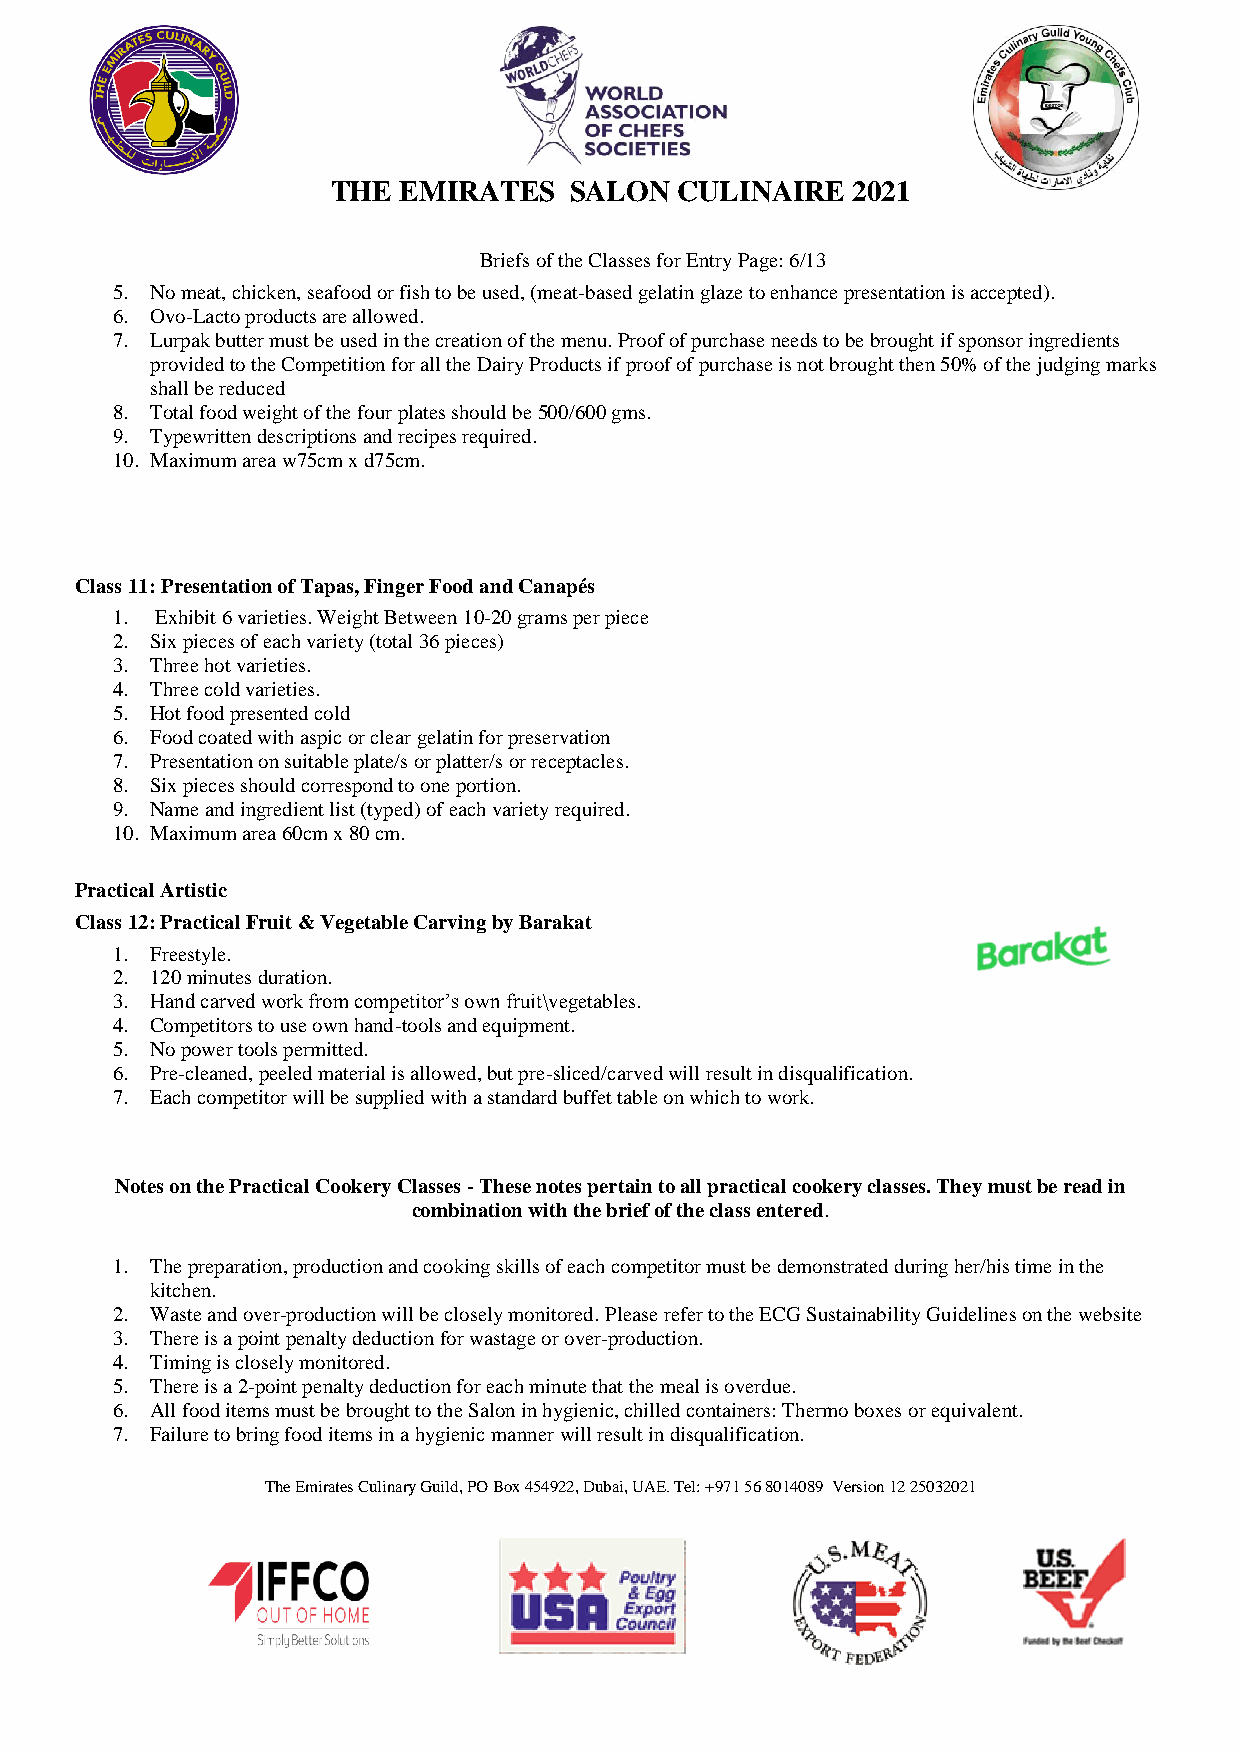
THE EMIRATES    SALON  CULINAIRE  2021
 Briefs of the Classes for Entry Page: 6/13
 5. No meat, chicken, seafood or fish to be used, (meat-based gelatin glaze to enhance presentation is accepted).
 6. Ovo-Lacto products are allowed.
 7. Lurpak butter must be used in the creation of the menu. Proof of purchase needs to be brought if sponsor ingredients
 provided to the Competition for all the Dairy Products if proof of purchase is not brought then 50% of the judging marks
 shall be reduced
 8. Total food weight of the four plates should be 500/600 gms.
 9. Typewritten descriptions and recipes required.
 10. Maximum area w75cm x d75cm.
 Class 11: Presentation of Tapas, Finger Food and Canapés
 1. Exhibit 6 varieties. Weight Between 10-20 grams per piece
 2. Six pieces of each variety (total 36 pieces)
 3. Three hot varieties.
 4. Three cold varieties.
 5. Hot food presented cold
 6. Food coated with aspic or clear gelatin for preservation
 7. Presentation on suitable plate/s or platter/s or receptacles.
 8. Six pieces should correspond to one portion.
 9. Name and ingredient list (typed) of each variety required.
 10. Maximum area 60cm x 80 cm.
 Practical Artistic
 Class 12: Practical Fruit & Vegetable Carving by Barakat
 1. Freestyle.
 2. 120 minutes duration.
 3. Hand carved work from competitor’s own fruit\vegetables.
 4. Competitors to use own hand-tools and equipment.
 5. No power tools permitted.
 6. Pre-cleaned, peeled material is allowed, but pre-sliced/carved will result in disqualification.
 7. Each competitor will be supplied with a standard buffet table on which to work.
 Notes on the Practical Cookery Classes - These notes pertain to all practical cookery classes. They must be read in
 combination with the brief of the class entered.
 1. The preparation, production and cooking skills of each competitor must be demonstrated during her/his time in the
 kitchen.
 2. Waste and over-production will be closely monitored. Please refer to the ECG Sustainability Guidelines on the website
 3. There is a point penalty deduction for wastage or over-production.
 4. Timing is closely monitored.
 5. There is a 2-point penalty deduction for each minute that the meal is overdue.
 6. All food items must be brought to the Salon in hygienic, chilled containers: Thermo boxes or equivalent.
 7. Failure to bring food items in a hygienic manner will result in disqualification.
 The Emirates Culinary Guild, PO Box 454922, Dubai, UAE. Tel: +971 56 8014089 Version 12 25032021